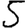
Digit: 5